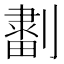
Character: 𠟷